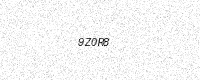
Text: 9Z0R8